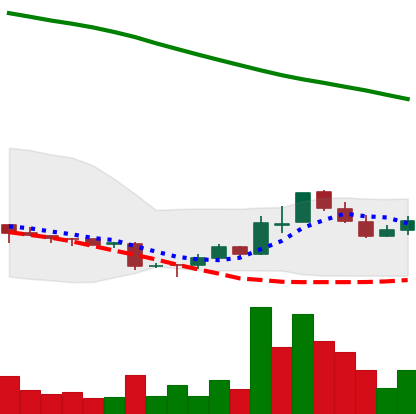
Ticker: ADA-USD
Chart end date: 2018-11-11
Forward return: -20.044%
Label: down_7plus